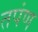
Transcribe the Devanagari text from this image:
तपंण